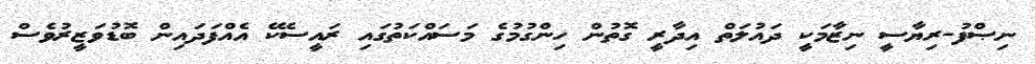
ނިޞްފު-ރިޔާސީ ނިޒާމަކީ ދައުލަތް އިދާރީ ގޮތުން ހިންގުމުގެ މަސައްކަތުގައި ރައީސެކޭ އެއްފަދައިން ބޮޑުވަޒީރުވެސް